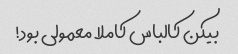
بیکن کالباس کاملا معمولی بود!